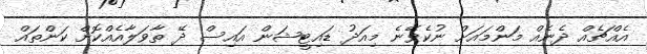
އެއްޗެއް ދެނެއް މަންމައަށް ނުކެވޭނެ މިއަދު ޑައިޓީޝަން އައިސް ދޭ ތާވަލާއެއްކޮށް ކަންތައް